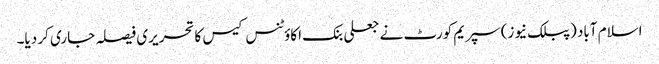
اسلام آباد (پبلک نیوز) سپریم کورٹ نے جعلی بنک اکاؤٹنس کیس کا تحریری فیصلہ جاری کر دیا۔